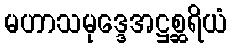
မဟာသမုဒ္ဒေအဋ္ဌစ္ဆရိယံ